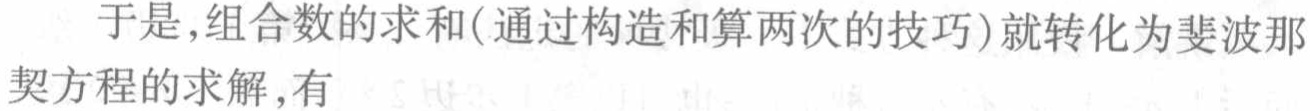
于是,组合数的求和(通过构造和算两次的技巧)就转化为斐波那契方程的求解,有